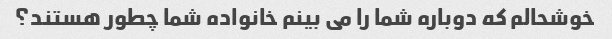
خوشحالم که دوباره شما را می بینم خانواده شما چطور هستند؟